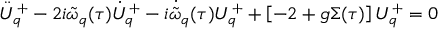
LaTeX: \ddot { \cal { U } } _ { q } ^ { + } - 2 i \tilde { \omega } _ { q } ( \tau ) \dot { \cal { U } } _ { q } ^ { + } - i \dot { \tilde { \omega } } _ { q } ( \tau ) { \cal { U } } _ { q } ^ { + } + \left[ - 2 + g \Sigma ( \tau ) \right] { \cal { U } } _ { q } ^ { + } = 0